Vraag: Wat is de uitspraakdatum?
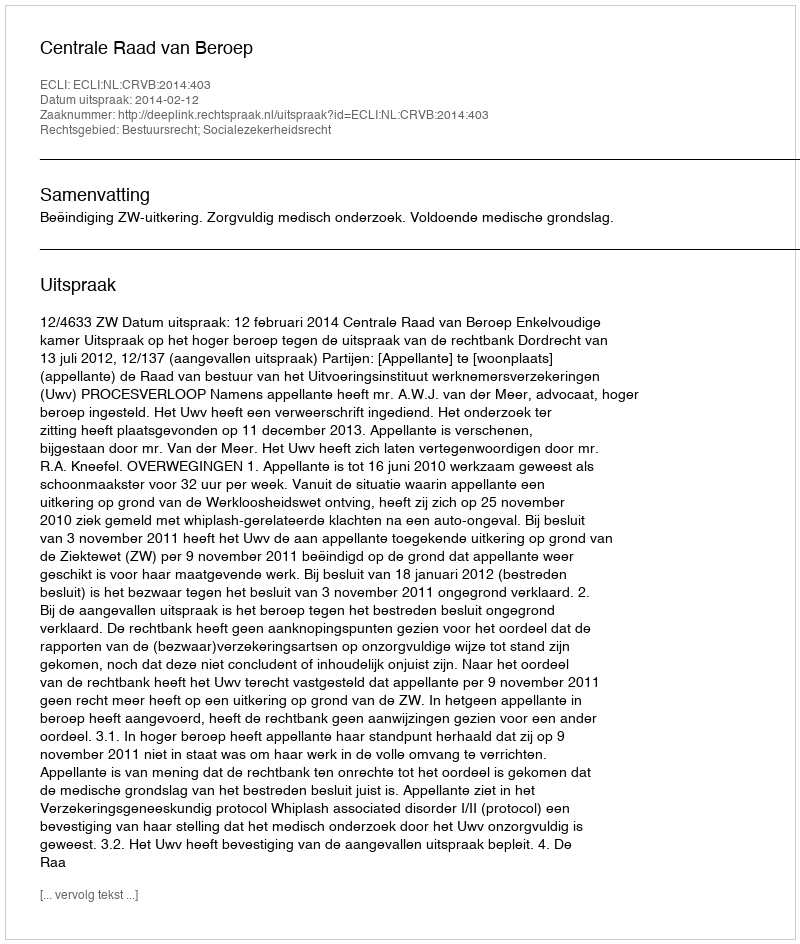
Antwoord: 2014-02-12